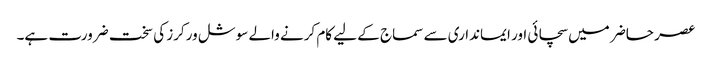
عصر حاضر میں سچائی اور ایمانداری سے سماج کے لیے کام کرنے والے سوشل ورکرز کی سخت ضرورت ہے۔